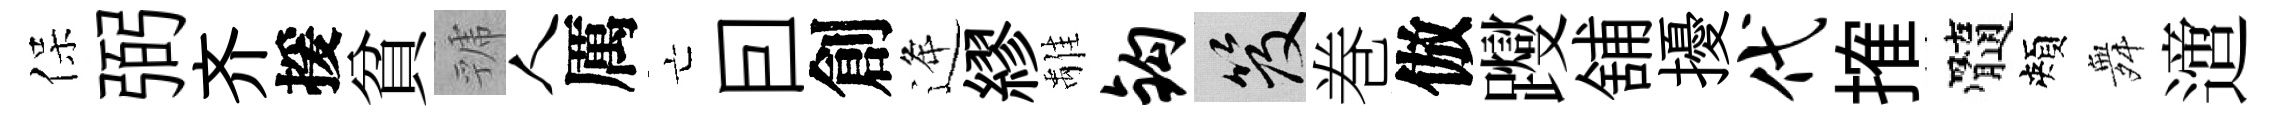
保弼齐援貧虢人厲亡囙創逄繆𩀌钩笈巻倣躞舖擾代搉髓頰舞𨗁